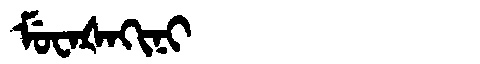
Manchu: ᠮᡠᠸᠠᡧᠠᡴᡳᠨᡳ
Romanization: MUWAŠAKINI